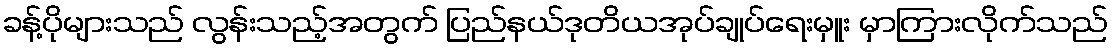
ခန့်ပိုများသည် လွန်းသည့်အတွက် ပြည်နယ်ဒုတိယအုပ်ချုပ်ရေးမှူး မှာကြားလိုက်သည်